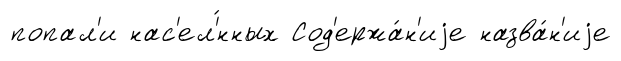
попал'и нас'ел'́нных Сод'ержа́н'иjе назва́н'иjе